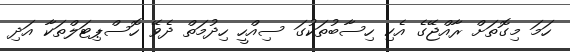
ހަމަ މިގޮތަށް ރާއްޖޭގެ އެކި ހިސާބުތަކުގަ ސިއްހީ ހިދުމަތް ދެވޭ ހޮސްޕިޓަލްތަކާ އަދި